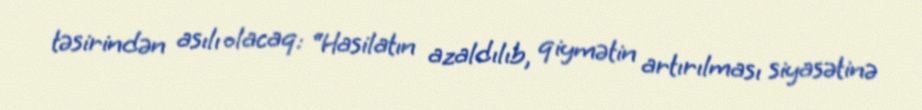
təsirindən asılı olacaq: “Hasilatın azaldılıb, qiymətin artırılması siyasətinə